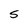
Character: S